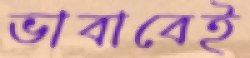
ভাবাবেই